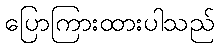
ပြောကြားထားပါသည်